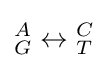
{\phantom {}}_{G}^{A}\leftrightarrow {\phantom {}}_{T}^{C}